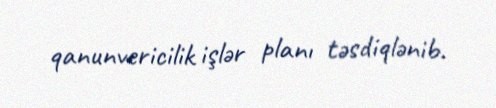
qanunvericilik işlər planı təsdiqlənib.